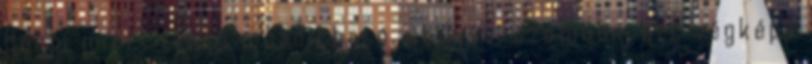
Barbi miért lenne mozdítható, és kivel szemben, azt végképp